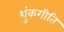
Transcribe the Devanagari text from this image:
शुंकगीति